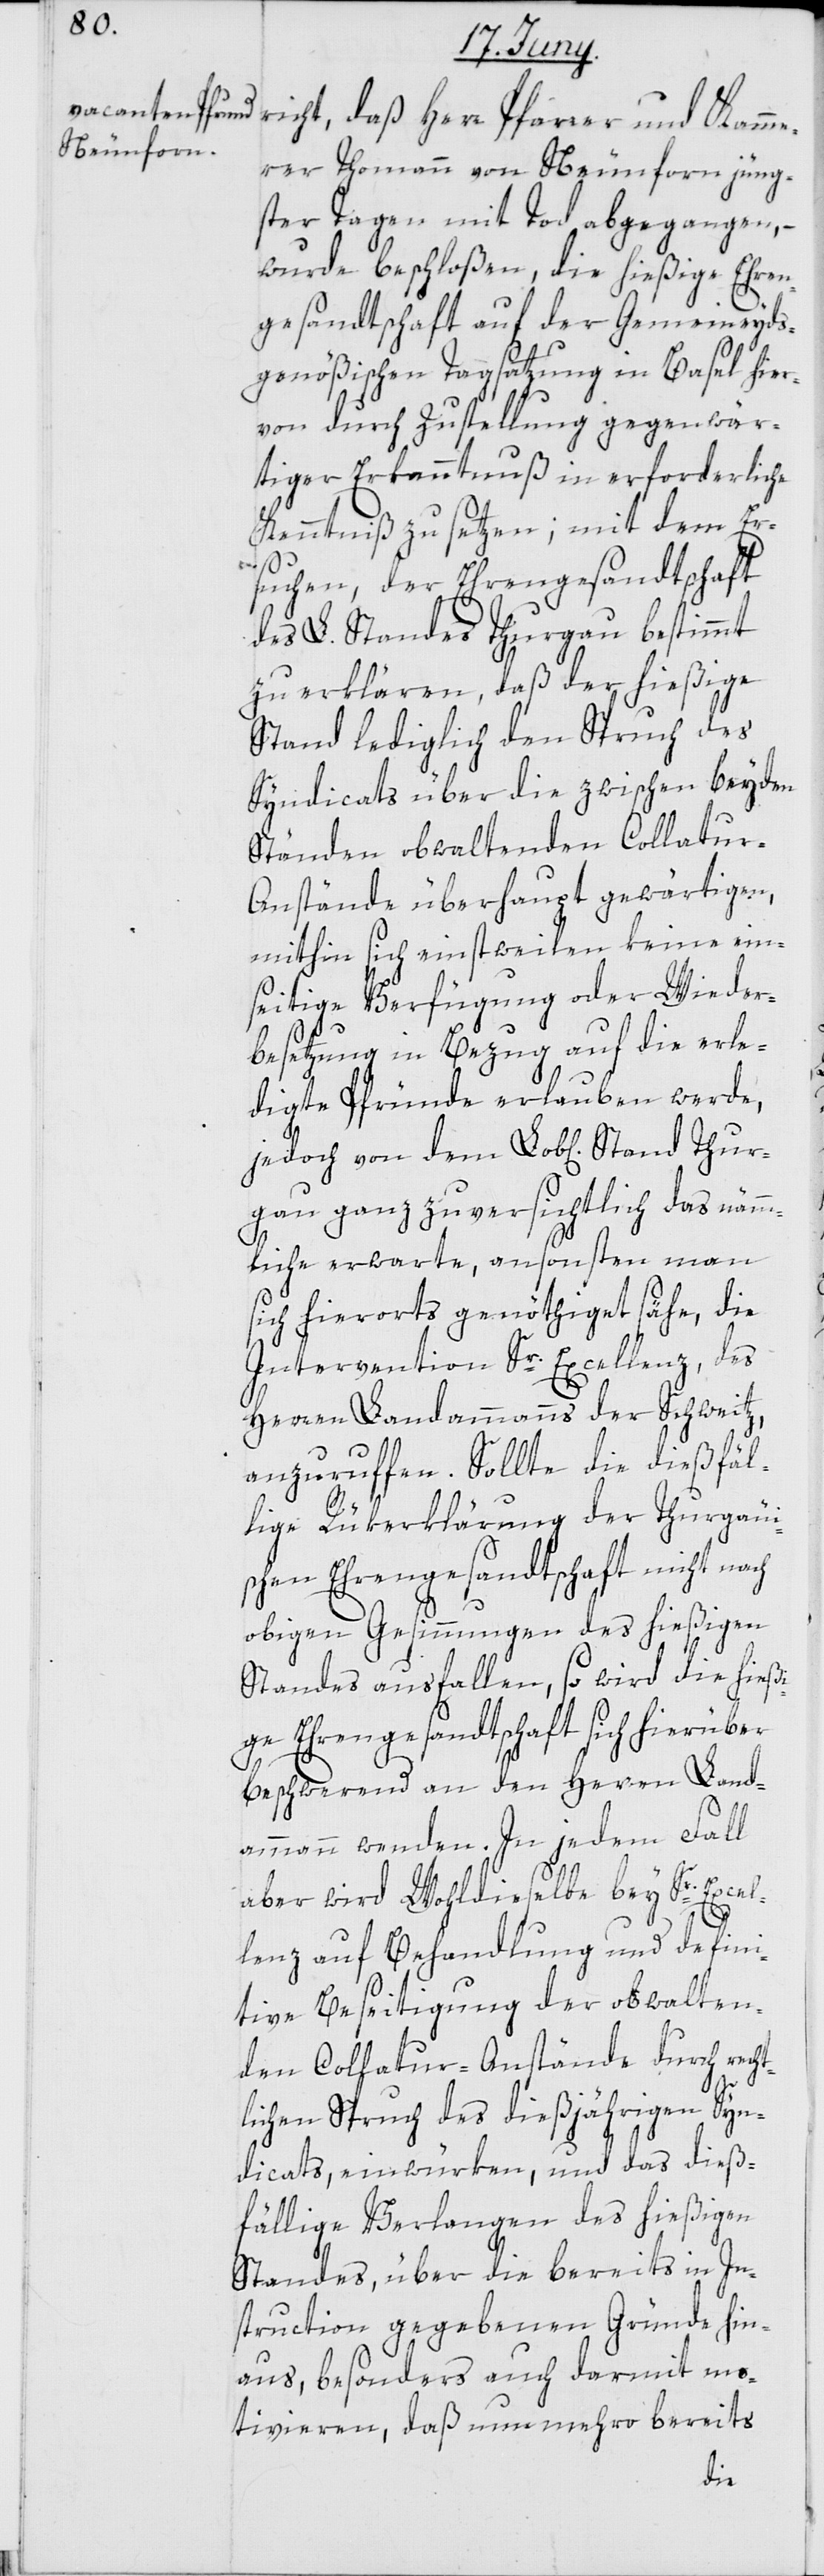
richt, daß Herr Pfarrer und Kamme¬
rer Thomann von Neunforn jüng¬
ster Tagen mit Tod abgegangen,
wurde beschloßen, die hießige Ehren¬
gesandtschaft auf der Gemeineyds¬
genößischen Tagsatzung in Basel hier¬
von durch Zustellung gegenwär¬
tiger Erkanntnuß in erforderliche
Kenntniß zu setzen; mit dem Er¬
suchen, der Ehrengesandtschaft
des L. Standes Thurgau bestimmt
zu erklären, daß der hießige
Stand lediglich den Spruch des
Syndicats über die zwischen beyden
Ständen obwaltenden Collatur-A¬
nstände überhaupt gewärtigen,
mithin sich einstweilen keine ein¬
seitige Verfügung oder Wieder¬
besetzung in Bezug auf die erle¬
digte Pfründe erlauben werde,
jedoch von dem Lob[lichen] Stand Thur¬
gau ganz zuversichtlich das nämm¬
liche erwarte, ansonsten man
sich hierorts genöthiget sähe, die
Intervention Sr. Excellenz, des
Herren Landammanns der Schweitz,
anzuruffen. Sollte die dießfäl¬
lige Rükerklärung der Thurgäui¬
schen Ehrengesandtschaft nicht nach
obigen Gesinnungen des hießigen
Standes ausfallen, so wird die hießi¬
ge Ehrengesandtschaft sich hierüber
beschwerend an den Herren Land¬
ammann wenden. In jedem Fall
aber wird Wohldieselbe bey Sr. Excel¬
lenz auf Behandlung und defini¬
tive Beseitigung der obwalten¬
den Collatur-Anstände durch recht¬
lichen Spruch des dießjährigen Syn¬
dicats, einwürken, und das dieß¬
fällige Verlangen des hießigen
Standes, über die bereits in In¬
struction gegebenen Gründe hin¬
aus, besonders auch darmit mo¬
tivieren, daß nunmehro bereits